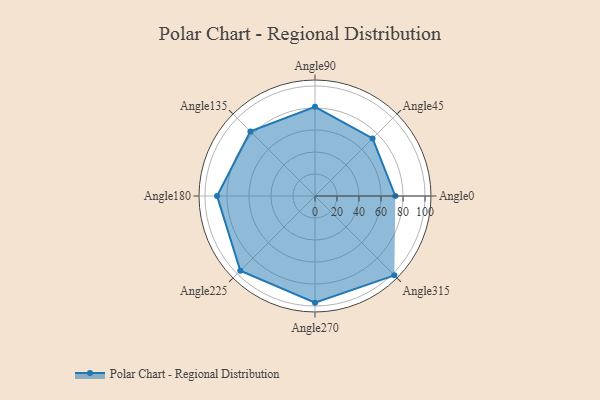
{"axis": {"x": "Angle", "y": "Radius"}, "legend": [""], "data": [{"x": "Angle0", "y": 73.0, "type": ""}, {"x": "Angle45", "y": 74.0, "type": ""}, {"x": "Angle90", "y": 81.0, "type": ""}, {"x": "Angle135", "y": 83.0, "type": ""}, {"x": "Angle180", "y": 89.0, "type": ""}, {"x": "Angle225", "y": 96.0, "type": ""}, {"x": "Angle270", "y": 97.0, "type": ""}, {"x": "Angle315", "y": 102.0, "type": ""}]}